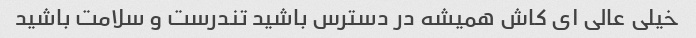
خیلی عالی ای کاش همیشه در دسترس باشید تندرست و سلامت باشید